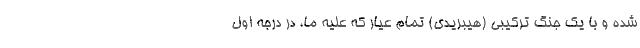
شده و با یک جنگ ترکیبی (هیبریدی) تمام عیار که علیه ما، در درجه اول